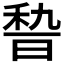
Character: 𱶋